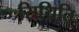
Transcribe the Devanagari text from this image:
सिथिति